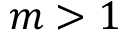
m > 1